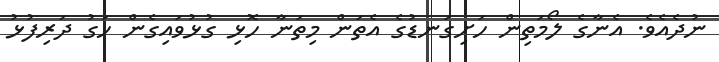
ނުދެއެވެ. އެނާގެ ލޯމަތިން ހަށިގަނޑުގެ އެތަން މިތަނާ ހޮޅި ގުޅުވައިގެން ހަގު ދަރިފުޅު